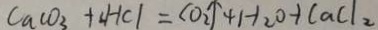
C a C O _ { 3 } + 2 H C l = C O _ { 2 } \uparrow + H _ { 2 } O + C a C l _ { 2 }